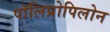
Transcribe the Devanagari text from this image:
पॉलिप्रोपिलोन